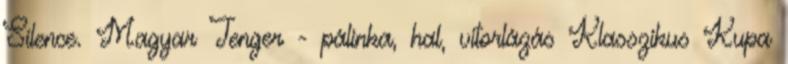
Silence. Magyar Tenger - pálinka, hal, vitorlázás Klasszikus Kupa